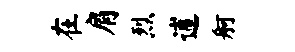
在肩烈逋舸